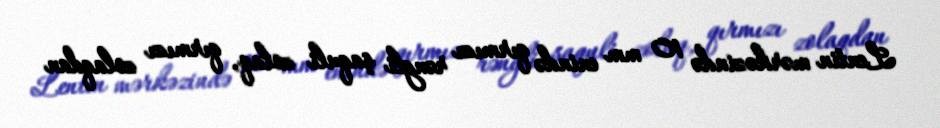
Lentin mərkəzində 10 mm enində qırmızı rəngli şaquli zolaq, qırmızı zolaqdan